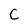
Character: C